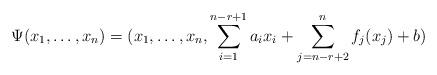
LaTeX: \begin{align*} \Psi(x_{1},\ldots,x_{n})=(x_{1},\ldots,x_{n},\sum_{i=1}^{n-r+1}a_{i}x_{i}+\sum_{j=n-r+2}^{n}f_{j}(x_{j})+b)\end{align*}